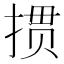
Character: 掼